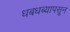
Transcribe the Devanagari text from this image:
धबधब्यापसून